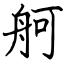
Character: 舸